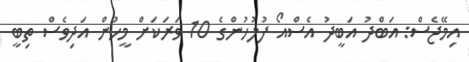
އިމޭޖެސް: އަބްދު އަބީދު އެސްއޯ ފުލުހުންގެ 10 ވަރަކަށް މީހުން އަދިވެސް ތިބީ